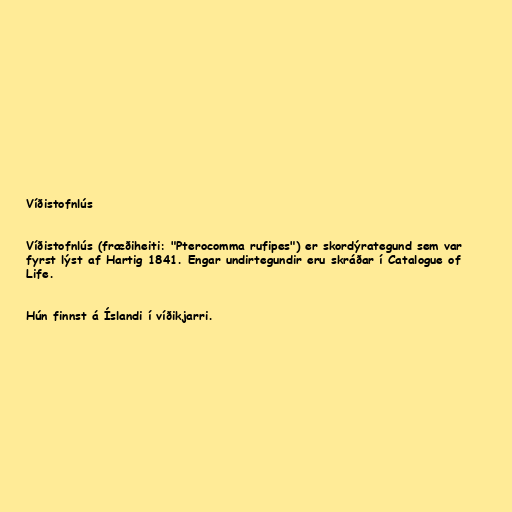
Víðistofnlús

Víðistofnlús (fræðiheiti: "Pterocomma rufipes") er skordýrategund sem var
fyrst lýst af Hartig 1841. Engar undirtegundir eru skráðar í Catalogue of
Life.

Hún finnst á Íslandi í víðikjarri.